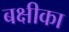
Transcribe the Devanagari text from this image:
बक्षीका